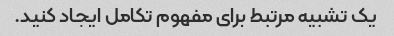
یک تشبیه مرتبط برای مفهوم تکامل ایجاد کنید.